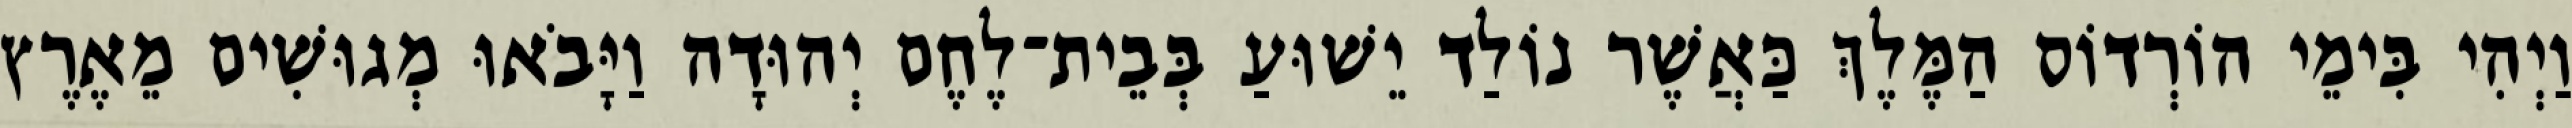
וַיְהִי בִּימֵי הוֹרְדוֹס הַמֶּלֶךְ כַּאֲשֶׁר נוֹלַד יֵשׁוּעַ בְּבֵית־לֶחֶם יְהוּדָה וַיָּבֹאוּ מְגוּשִׁים מֵאֶרֶץ